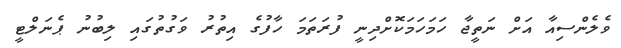
ވެލެންސިއާ އަށް ނަތީޖާ ހަމަހަމަކޮށްދިނީ ފުރަތަމަ ހާފުގެ އިތުރު ވަގުތުގައި ލިބުނު ޕެނަލްޓީ